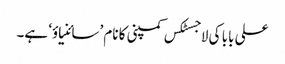
علی بابا کی لاجسٹکس کمپنی کا نام ’سائنیاؤ‘ ہے۔